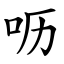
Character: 呖